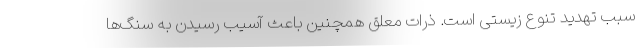
سبب تهدید تنوع زیستی است. ذرات معلق همچنین باعث آسیب رسیدن به سنگ‌ها